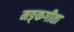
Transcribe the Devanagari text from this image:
मङ्कगीता